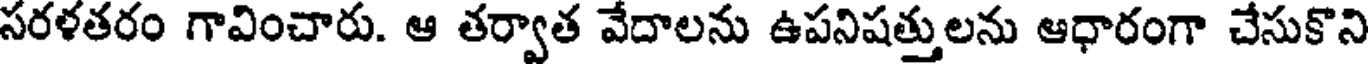
సరళతరం గావించారు. ఆ తర్వాత వేదాలను ఉపనిషత్తులను ఆధారంగా చేసుకొని